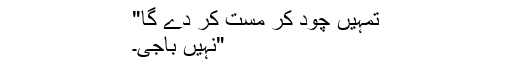
تمہیں چود کر مست کر دے گا"
"نہیں باجی۔